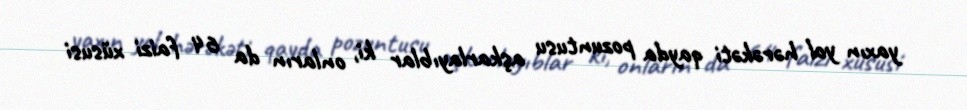
yaxın yol hərəkəti qayda pozuntusu aşkarlayıblar ki, onların da 64 faizi xüsusi